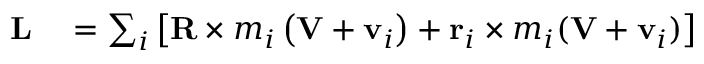
\begin{array} { r l } { \mathbf { L } } & { { } = \sum _ { i } \left[ \mathbf { R } \times m _ { i } \left( \mathbf { V } + \mathbf { v } _ { i } \right) + \mathbf { r } _ { i } \times m _ { i } ( \mathbf { V } + \mathbf { v } _ { i } ) \right] } \end{array}